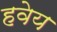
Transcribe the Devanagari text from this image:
हवेय